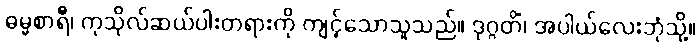
ဓမ္မစာရီ၊ ကုသိုလ်ဆယ်ပါးတရားကို ကျင့်သောသူသည်။ ဒုဂ္ဂတိံ၊ အပါယ်လေးဘုံသို့။